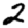
Digit: 2